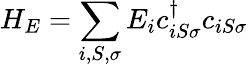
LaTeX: H_{E}=\sum_{i,S,\sigma}E_{i}c_{iS\sigma}^{\dagger}c_{iS\sigma}